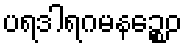
ပရဒါရဂမနဉ္စေဝ